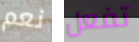
نعم تفعل